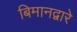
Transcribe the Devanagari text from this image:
बिमानद्वारे